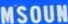
MSOUN